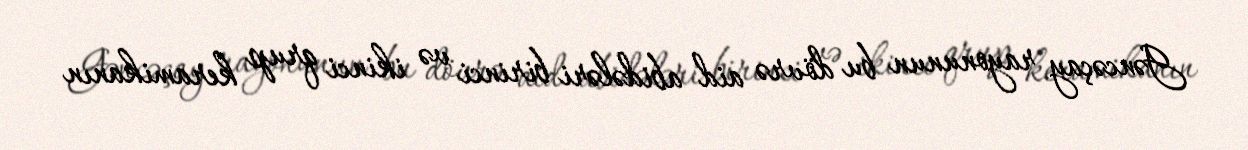
Gəncəçay rayonunun bu dövrə aid abidələri birinci və ikinci qrup keramikanın